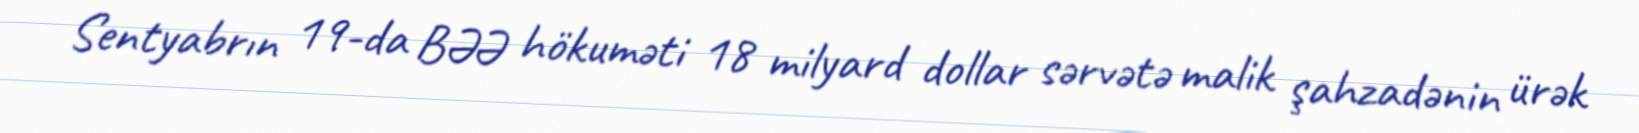
Sentyabrın 19-da BƏƏ hökuməti 18 milyard dollar sərvətə malik şahzadənin ürək